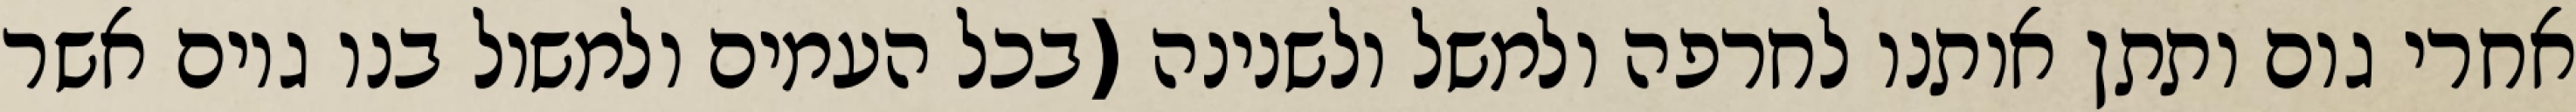
אחרי גום ותתן אותנו לחרפה ולמשל ולשנינה (בכל העמים ולמשול בנו גוים אשר